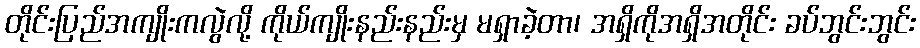
တိုင်းပြည်အကျိုးကလွဲလို့ ကိုယ်ကျိုးနည်းနည်းမှ မရှာခဲ့တာ၊ အရှိကိုအရှိအတိုင်း ခပ်ဘွင်းဘွင်း